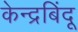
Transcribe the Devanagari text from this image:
केन्द्रबिंदू